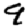
Digit: 9